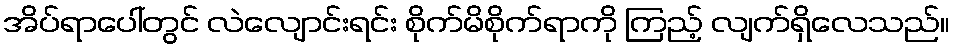
အိပ်ရာပေါ်တွင် လဲလျောင်းရင်း စိုက်မိစိုက်ရာကို ကြည့် လျက်ရှိလေသည်။